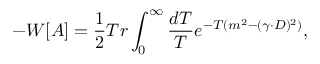
- W [ A ] = { \frac { 1 } { 2 } } T r \int _ { 0 } ^ { \infty } \frac { d T } { T } e ^ { - T ( m ^ { 2 } - ( \gamma \cdot D ) ^ { 2 } ) } ,